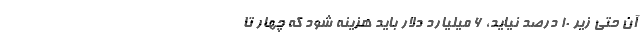
آن حتی زیر 10 درصد نیاید، 6 میلیارد دلار باید هزینه شود که چهار تا